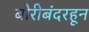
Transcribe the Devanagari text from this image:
बोरीबंदरहून